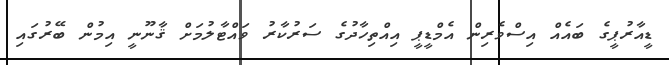
ޑީއާރުޕީގެ ބައެއް އިސްވެރިން އެމްޑީޕީ އިއްތިހާދުގެ ސަރުކާރު ވައްޓާލުމަށް ޤާނޫނީ އިމުން ބޭރުގައި